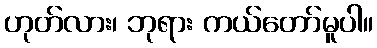
ဟုတ်လား၊ ဘုရား ကယ်တော်မူပါ။